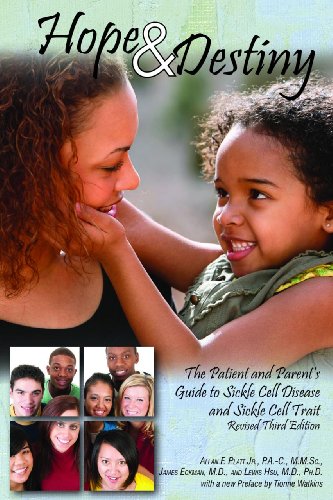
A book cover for Hope and Destiny: The Patient and Parent's Guide to Sickle Cell Disease and Sickle Cell Trait; Allan F. Platt Jr. P.A.-C.  M.M.Sc.; Health, Fitness & Dieting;